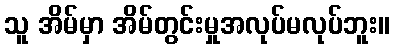
သူ အိမ်မှာ အိမ်တွင်းမှုအလုပ်မလုပ်ဘူး။